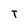
Character: T